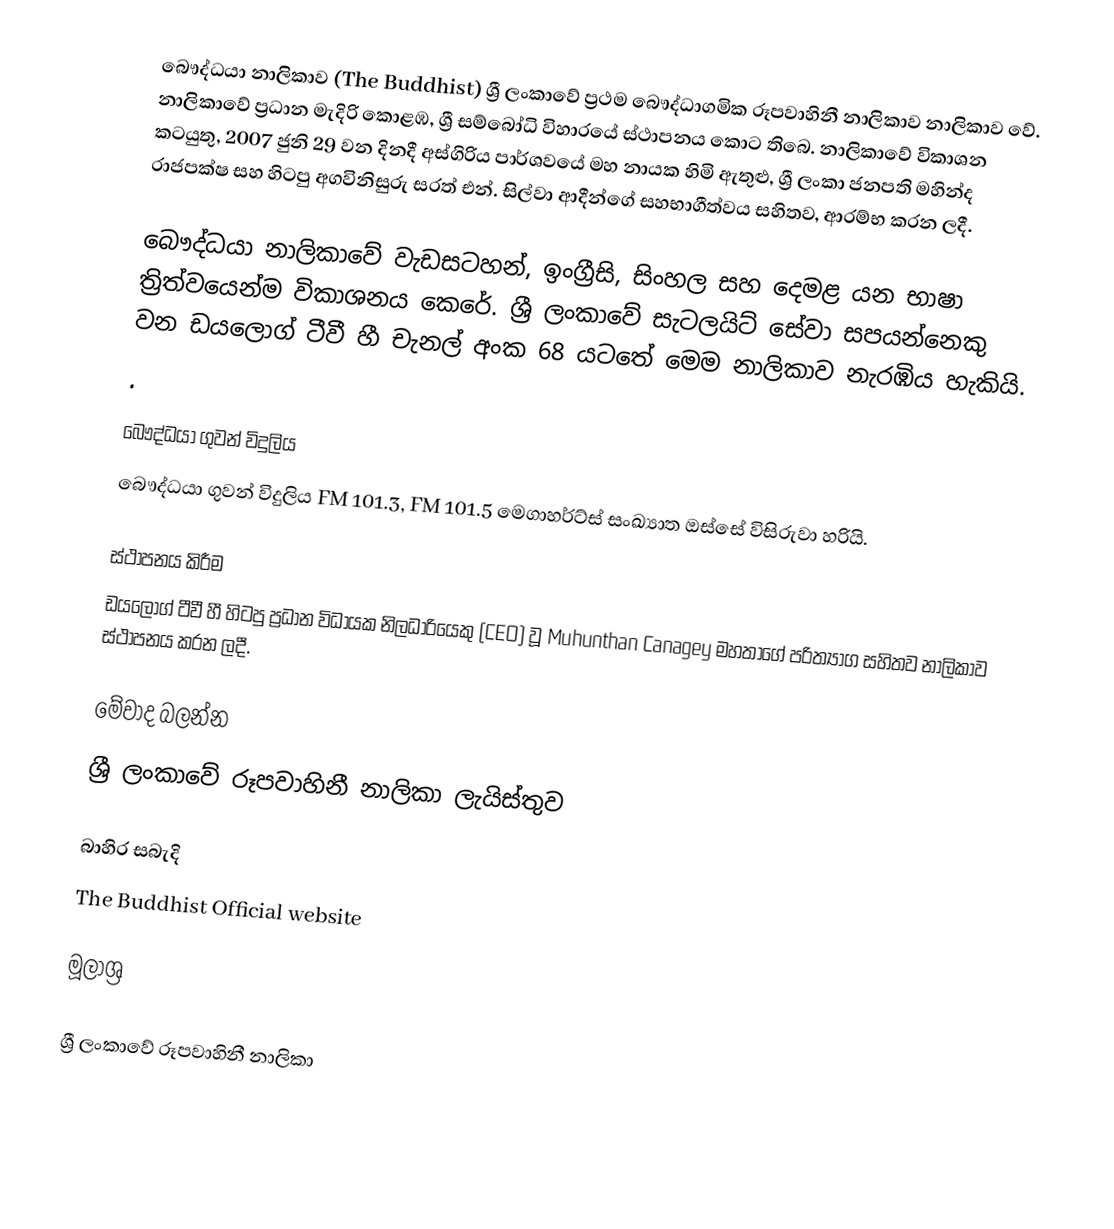
බෞද්ධයා නාලිකාව (The Buddhist)  ශ්‍රී ලංකාවේ ප්‍රථම බෞද්ධාගමික රූපවාහිනී නාලිකාව නාලිකාව වේ. නාලිකාවේ ප්‍රධාන මැදිරි කොළඹ, ශ්‍රී සම්බෝධි විහාරයේ ස්ථාපනය කොට තිබෙ. නාලිකාවේ විකාශන කටයුතු, 2007 ජුනි 29 වන දිනදී  අස්ගිරිය පාර්ශවයේ මහ නායක හිමි ඇතුළු, ශ්‍රී ලංකා ජනපති මහින්ද රාජපක්ෂ සහ හිටපු අගවිනිසුරු සරත් එන්. සිල්වා ආදීන්ගේ  සහභාගීත්වය සහිතව, ආරම්භ කරන ලදී.

බෞද්ධයා නාලිකාවේ වැඩසටහන්, ඉංග්‍රීසි, සිංහල සහ දෙමළ යන භාෂා ත්‍රිත්වයෙන්ම විකාශනය කෙරේ. ශ්‍රී ලංකාවේ සැටලයිට් සේවා සපයන්නෙකු වන ඩයලොග් ටීවී හී චැනල් අංක 68 යටතේ මෙම නාලිකාව නැරඹිය හැකියි.
.

බෞද්ධයා ගුවන් විදුලිය
බෞද්ධයා ගුවන් විදුලිය FM 101.3, FM 101.5 මෙගාහර්ට්ස් සංඛ්‍යාත ඔස්සේ විසිරුවා හරියි.

ස්ථාපනය කිරීම
ඩයලොග් ටීවී හී හිටපු ප්‍රධාන විධායක නිලධාරියෙකු (CEO) වූ Muhunthan Canagey මහතාගේ පරිත්‍යාග සහිතව නාලිකාව ස්ථාපනය කරන ලදී.

මේවාද බලන්න
 ශ්‍රී ලංකාවේ රූපවාහිනී නාලිකා ලැයිස්තුව

බාහිර සබැදි
The Buddhist Official website

මූලාශ්‍ර

ශ්‍රී ලංකාවේ රූපවාහිනී නාලිකා